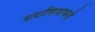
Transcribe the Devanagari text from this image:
सदाशिवाकडे